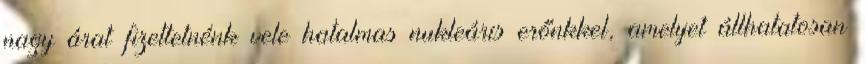
nagy árat fizettetnénk vele hatalmas nukleáris erőnkkel, amelyet állhatatosan